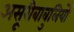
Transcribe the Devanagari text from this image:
असूरीबाबुलियों